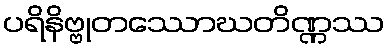
ပရိနိဗ္ဗုတဿောဃတိဏ္ဏဿ